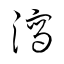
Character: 瀉